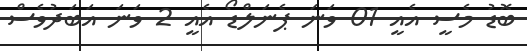
ބޮޑު މެސީ އެއީ 01 ވަނަ ޕެނަލްޑޯ އެއީ 2 ވަނަ އަބަދުވެސް